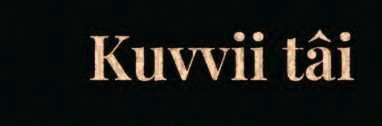
Kuvvii tâi